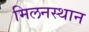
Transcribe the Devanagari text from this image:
मिलनस्थान